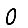
Digit: 0